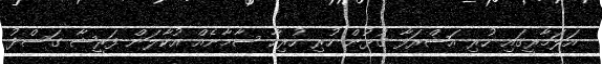
އަލަމާރީގައި ހުރި އަޝްރަފާ ގުޅުން ހުރި ހުރިހާ ސާމާނެއް އުކާލަން ފަރީޝާ ގަސްދު